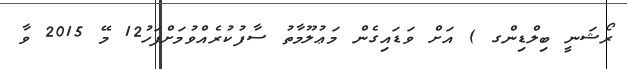
ރޯޝަނީ ބިލްޑިންގ ) އަށް ވަޑައިގެން މަޢުލޫމާތު ސާފުކުރެއްވުމަށްފަހު12 މޭ 2015 ވާ